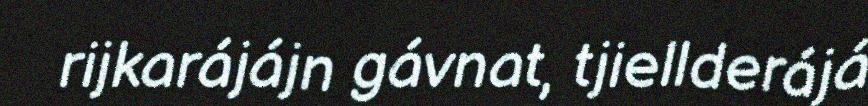
rijkarájájn gávnat, tjiellderájá